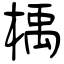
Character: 楀